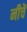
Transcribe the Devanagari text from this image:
नीचॆ